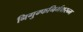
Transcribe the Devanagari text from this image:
निगुम्फनिर्भक्षरन्म